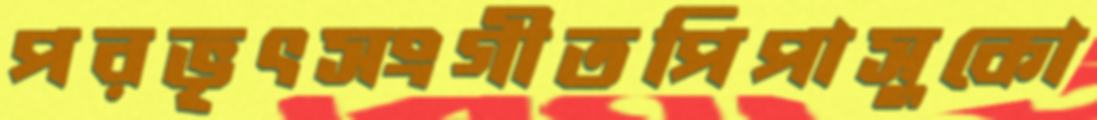
পরভৃৎসংগীতপিপাসুকো